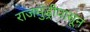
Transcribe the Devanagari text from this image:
राजमुंड्रीपासून